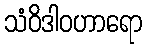
သံဝိဒါဝဟာရော